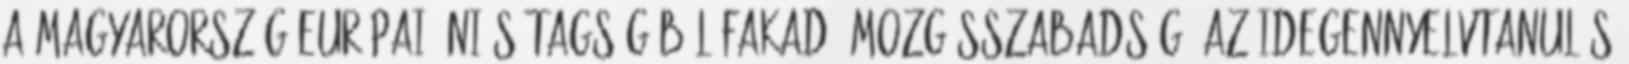
a Magyarország európai úniós tagságából fakadó mozgásszabadság, az idegennyelvtanulás